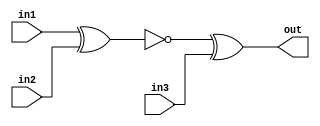
module top_module (
    input in1,
    input in2,
    input in3,
    output out);
	
    wire wire1;
    assign wire1 = ~(in1^in2);
    assign out   = wire1^in3;
endmodule